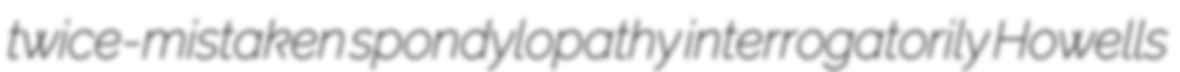
twice-mistaken spondylopathy interrogatorily Howells